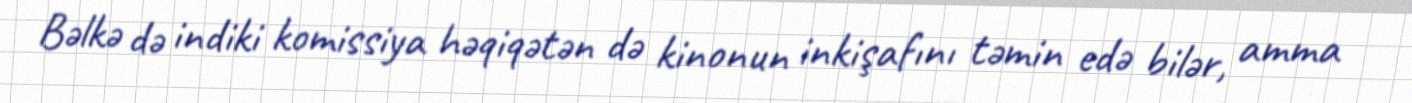
Bəlkə də indiki komissiya həqiqətən də kinonun inkişafını təmin edə bilər, amma